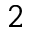
_ 2